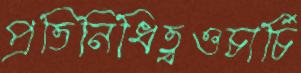
প্রতিনিধিত্বওচার্চি